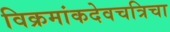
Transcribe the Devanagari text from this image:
विक्रमांकदेवचत्रिचा